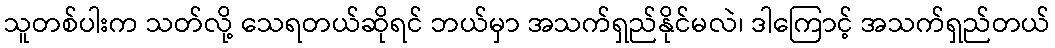
သူတစ်ပါးက သတ်လို့ သေရတယ်ဆိုရင် ဘယ်မှာ အသက်ရှည်နိုင်မလဲ၊ ဒါကြောင့် အသက်ရှည်တယ်